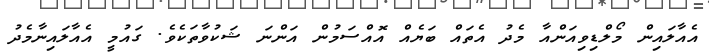
އެއާލައިން މޯލްޑިވިއަންއާ މެދު އެތައް ބަޔެއް އޮއްސަމުން އަންނަ ޝަކުވާތަކެވެ. ގައުމީ އެއާލައިނާމެދު